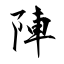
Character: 陣